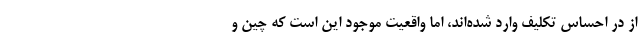
از در احساس تکلیف وارد شده‌اند، اما واقعیت موجود این است که چین و